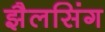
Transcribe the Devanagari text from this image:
झैलसिंग